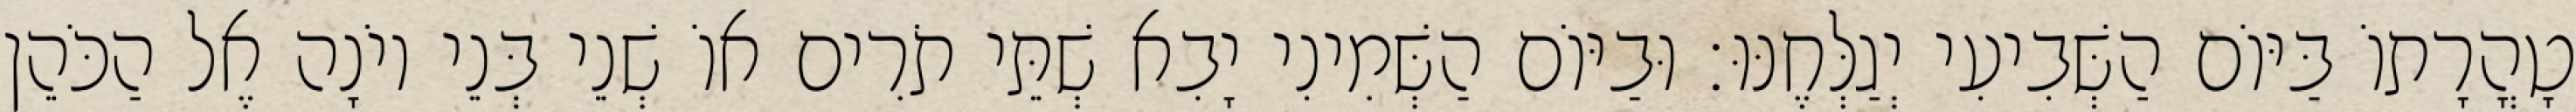
טָהֳרָתוֹ בַּיּוֹם הַשְּׁבִיעִי יְגַלְּחֶנּוּ׃ וּבַיּוֹם הַשְּׁמִינִי יָבִא שְׁתֵּי תֹרִים אוֹ שְׁנֵי בְּנֵי יוֹנָה אֶל הַכֹּהֵן